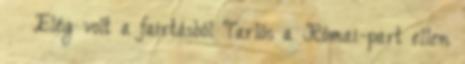
› ›Elég volt a fairtásból Tarlós a Római-part ellen